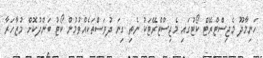
ހަނިމާދޫ މެޖިސްޓްރޭޓް ކޯޓުގައި މެޖިސްޓްރޭޓަކު ނެތި ގިނަ ދުވަސްތަކެއްވުމުން ކޯޓު ބަންދުކޮށް މުޒާހަރާ